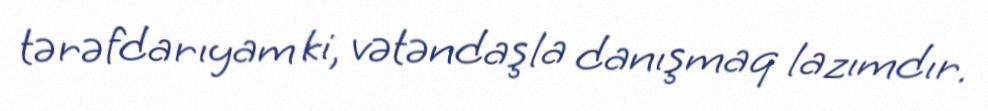
tərəfdarıyam ki, vətəndaşla danışmaq lazımdır.